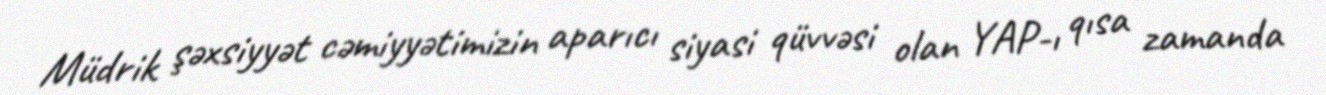
Müdrik şəxsiyyət cəmiyyətimizin aparıcı siyasi qüvvəsi olan YAP-ı qısa zamanda